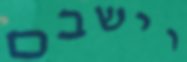
וישבם